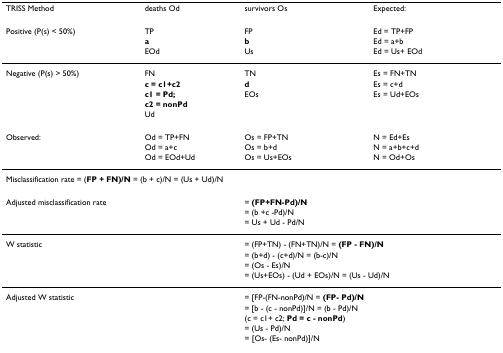
<table><thead><tr><td><b>TRISS Method</b></td><td><b>deaths Od</b></td><td><b>survivors Os</b></td><td><b>Expected:</b></td></tr></thead><tbody><tr><td>Positive (P(s) &lt; 50%)</td><td>TP</td><td>FP</td><td>Ed = TP+FP</td></tr><tr><td></td><td><b>a</b></td><td><b>b</b></td><td>Ed = a+b</td></tr><tr><td></td><td>EOd</td><td>Us</td><td>Ed = Us+ EOd</td></tr><tr><td>Negative (P(s) &gt; 50%)</td><td>FN</td><td>TN</td><td>Es = FN+TN</td></tr><tr><td></td><td><b>c = c1+c2</b></td><td><b>d</b></td><td>Es = c+d</td></tr><tr><td></td><td><b>c1 = Pd;</b></td><td>EOs</td><td>Es = Ud+EOs</td></tr><tr><td></td><td><b>c2 = nonPd</b></td><td></td><td></td></tr><tr><td></td><td>Ud</td><td></td><td></td></tr><tr><td>Observed:</td><td>Od = TP+FN</td><td>Os = FP+TN</td><td>N = Ed+Es</td></tr><tr><td></td><td>Od = a+c</td><td>Os = b+d</td><td>N = a+b+c+d</td></tr><tr><td></td><td>Od = EOd+Ud</td><td>Os = Us+EOs</td><td>N = Od+Os</td></tr><tr><td colspan="4">Misclassification rate = (<b>FP + FN)/N </b>= (b + c)/N = (Us + Ud)/N</td></tr><tr><td colspan="2">Adjusted misclassification rate</td><td colspan="2">= <b>(FP+FN-Pd)/N</b></td></tr><tr><td></td><td></td><td colspan="2">= (b +c -Pd)/N</td></tr><tr><td></td><td></td><td colspan="2">= Us + Ud - Pd/N</td></tr><tr><td colspan="2">W statistic</td><td colspan="2">= (FP+TN) - (FN+TN)/N = <b>(FP - FN)/N</b></td></tr><tr><td></td><td></td><td colspan="2">= (b+d) - (c+d)/N = (b-c)/N</td></tr><tr><td></td><td></td><td colspan="2">= (Os - Es)/N</td></tr><tr><td></td><td></td><td colspan="2">= (Us+EOs) - (Ud + EOs)/N = (Us - Ud)/N</td></tr><tr><td colspan="2">Adjusted W statistic</td><td colspan="2">= [FP-(FN-nonPd)/N = <b>(FP- Pd)/N</b></td></tr><tr><td></td><td></td><td colspan="2">= [b - (c - nonPd)]/N = (b - Pd)/N</td></tr><tr><td></td><td></td><td colspan="2">(c = c1+ c2; <b>Pd = c - nonPd</b>)</td></tr><tr><td></td><td></td><td colspan="2">= (Us - Pd)/N</td></tr><tr><td></td><td></td><td colspan="2">= [Os- (Es- nonPd)]/N</td></tr></tbody></table>